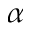
\alpha